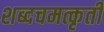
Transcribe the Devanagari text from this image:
शब्दचमत्कृती